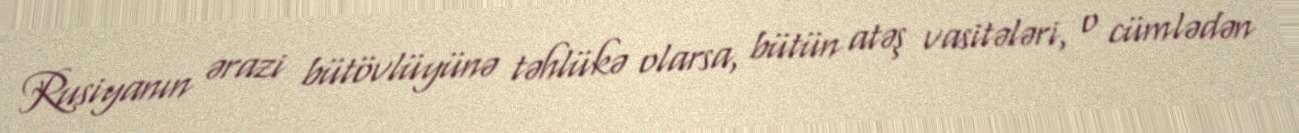
Rusiyanın ərazi bütövlüyünə təhlükə olarsa, bütün atəş vasitələri, o cümlədən